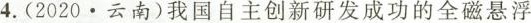
4.(2020·云南)我国自主创新研发成功的全磁悬浮